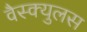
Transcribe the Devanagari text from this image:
वैस्क्युलस